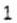
1